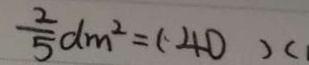
\frac { 2 } { 5 } d m ^ { 2 } = ( 4 0 ) (